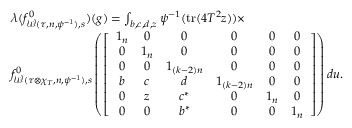
\begin{array} { r l } & { \lambda ( f _ { \mathcal { W } ( \tau , n , \psi ^ { - 1 } ) , s } ^ { 0 } ) ( g ) = \int _ { b , c , d , z } \psi ^ { - 1 } ( \mathrm { t r } ( 4 T ^ { 2 } z ) ) \times } \\ & { f _ { \mathcal { W } ( \tau \otimes \chi _ { T } , n , \psi ^ { - 1 } ) , s } ^ { 0 } \left( \left[ \begin{array} { c c c c c c } { 1 _ { n } } & { 0 } & { 0 } & { 0 } & { 0 } & { 0 } \\ { 0 } & { 1 _ { n } } & { 0 } & { 0 } & { 0 } & { 0 } \\ { 0 } & { 0 } & { 1 _ { ( k - 2 ) n } } & { 0 } & { 0 } & { 0 } \\ { b } & { c } & { d } & { 1 _ { ( k - 2 ) n } } & { 0 } & { 0 } \\ { 0 } & { z } & { c ^ { \ast } } & { 0 } & { 1 _ { n } } & { 0 } \\ { 0 } & { 0 } & { b ^ { \ast } } & { 0 } & { 0 } & { 1 _ { n } } \end{array} \right] \right) d u . } \end{array}